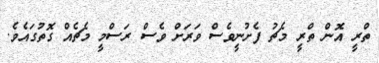
ތްރީ އޮން ތްރީ މެޗު ފެށުނީވެސް ވަރަށް ވެސް ރަސްމީ މެޗެއް ގޮތުގައެވެ.